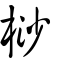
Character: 桫